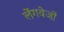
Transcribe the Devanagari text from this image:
लेंगवेजों